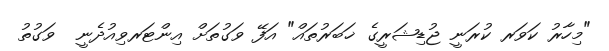
"މިހާރު ކަވަރ ކުރަނީ ޖުޑިޝަރީގެ ޚަބަރުތައް" އަފޭ ވަގުތަށް އިންޓަރވިއުދެނީ  ވަގުތު